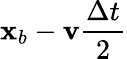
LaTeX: \mathbf x_{b}-\mathbf v\frac{\Delta t}{2}